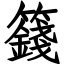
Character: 籛